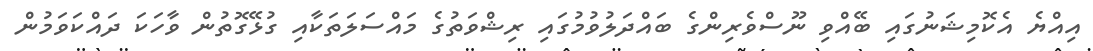
އިއްޔެ އެކޮމިޝަނުގައި ބޭއްވި ނޫސްވެރިންގެ ބައްދަލުވުމުގައި ރިޝްވަތުގެ މައްސަލަތަކާއި ގުޅޭގޮތުން ވާހަކަ ދައްކަވަމުން